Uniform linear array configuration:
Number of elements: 8
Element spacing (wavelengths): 0.5
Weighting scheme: hann
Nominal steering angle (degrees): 45
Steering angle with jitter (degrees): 43.352
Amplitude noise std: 0.05
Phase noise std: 0.05

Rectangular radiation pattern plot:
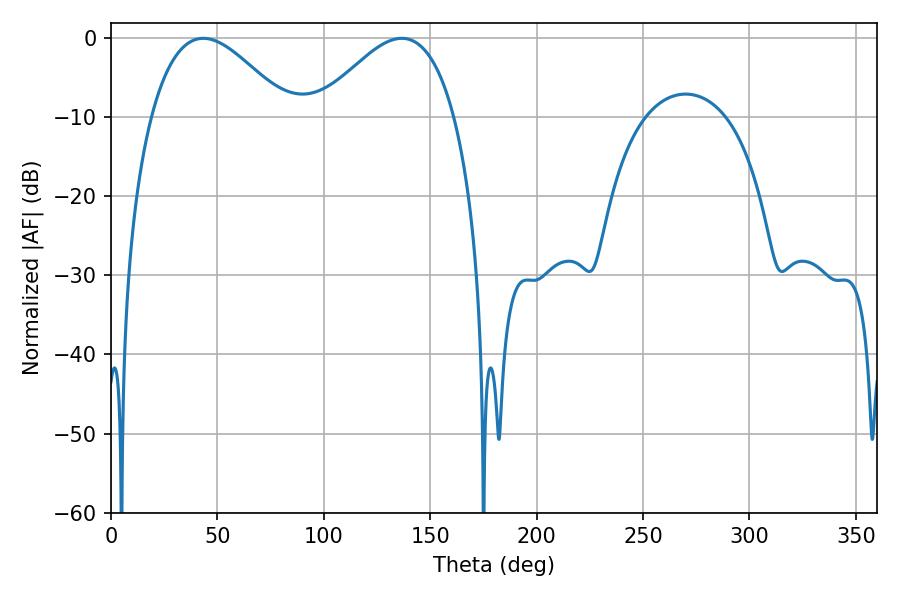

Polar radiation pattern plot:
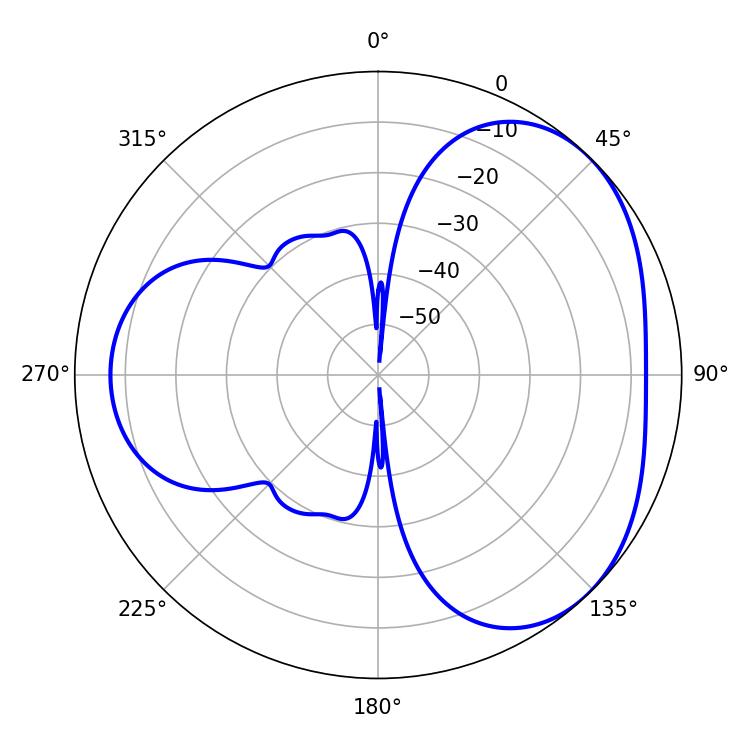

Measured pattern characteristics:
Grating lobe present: FALSE
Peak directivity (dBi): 3.67
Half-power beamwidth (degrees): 34.74
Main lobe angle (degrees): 43.38